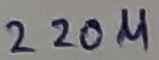
Text: 220µ